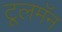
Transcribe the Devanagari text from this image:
टूलमॅन